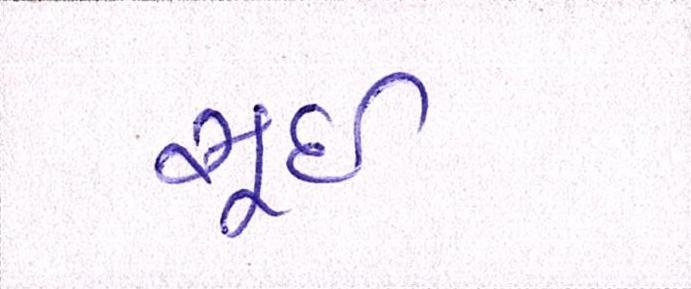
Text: સૂઈ